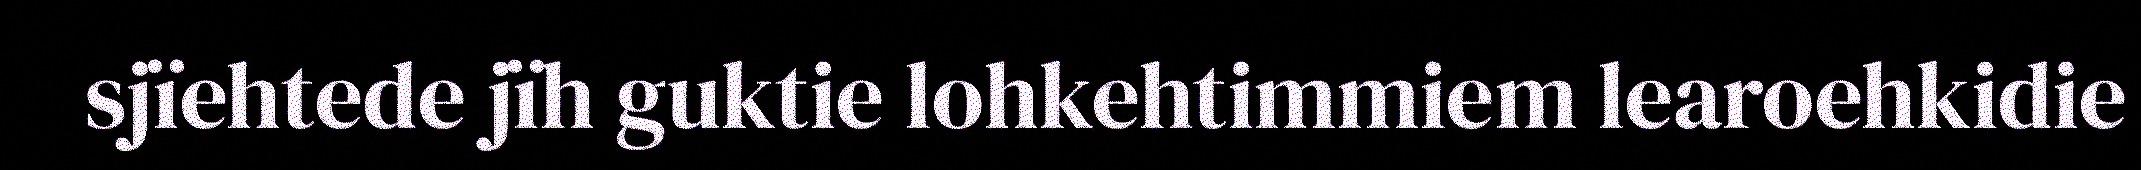
sjïehtede jïh guktie lohkehtimmiem learoehkidie